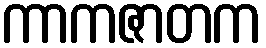
ကာကဇာတက